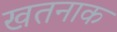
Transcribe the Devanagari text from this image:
खतनाक